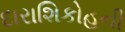
દારાશિકોહની